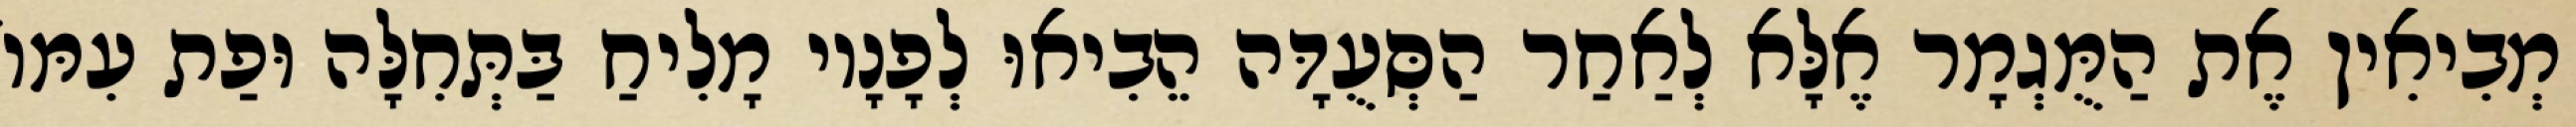
מְבִיאִין אֶת הַמֻּגְמָר אֶלָּא לְאַחַר הַסְּעֻדָּה הֵבִיאוּ לְפָנָיו מָלִיחַ בַּתְּחִלָּה וּפַת עִמּוֹ